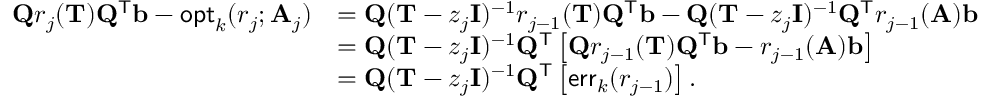
\begin{array} { r l } { \mathbf { Q } r _ { j } ( \mathbf { T } ) \mathbf { Q } ^ { \mathsf { T } } \mathbf { b } - \mathsf { o p t } _ { k } ( r _ { j } ; \mathbf { A } _ { j } ) } & { = \mathbf { Q } ( \mathbf { T } - z _ { j } \mathbf { I } ) ^ { - 1 } r _ { j - 1 } ( \mathbf { T } ) \mathbf { Q } ^ { \mathsf { T } } \mathbf { b } - \mathbf { Q } ( \mathbf { T } - z _ { j } \mathbf { I } ) ^ { - 1 } \mathbf { Q } ^ { \mathsf { T } } r _ { j - 1 } ( \mathbf { A } ) \mathbf { b } } \\ & { = \mathbf { Q } ( \mathbf { T } - z _ { j } \mathbf { I } ) ^ { - 1 } \mathbf { Q } ^ { \mathsf { T } } \left[ \mathbf { Q } r _ { j - 1 } ( \mathbf { T } ) \mathbf { Q } ^ { \mathsf { T } } \mathbf { b } - r _ { j - 1 } ( \mathbf { A } ) \mathbf { b } \right] } \\ & { = \mathbf { Q } ( \mathbf { T } - z _ { j } \mathbf { I } ) ^ { - 1 } \mathbf { Q } ^ { \mathsf { T } } \left[ \mathsf { e r r } _ { k } ( r _ { j - 1 } ) \right] . } \end{array}